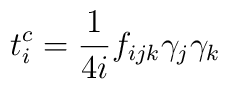
t_i^c=\frac{1}{4i}f_{ijk}\gamma_j\gamma_k